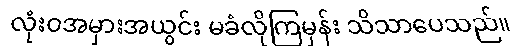
လုံးဝအမှားအယွင်း မခံလိုကြမှန်း သိသာပေသည်။